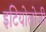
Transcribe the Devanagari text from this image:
इटियोलोजी